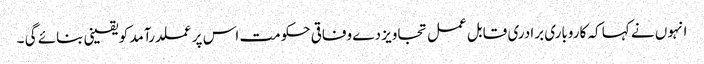
انہوں نے کہا کہ کاروباری برادری قابل عمل تجاویز دے وفاقی حکومت اس پر عملدرآمد کو یقینی بنائے گی ۔